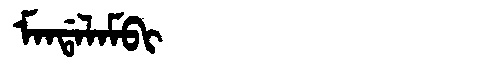
Manchu: ᠮᠠᠨᡩᠠᠯᠠᠮᠪᡳ
Romanization: MANDALAMBI